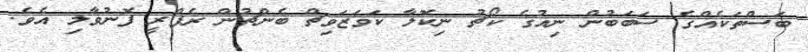
ބަސްތަކެއްގެ ސަބަބުން ނިއުގެ ކޯޗު ނިކޮލާ ކަަވަޒަވިޗް ބެންޗުން ރެފްރީ ފޮނުވާލި އެވެ.